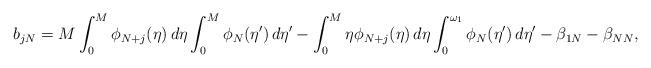
LaTeX: \begin{align*} b_{jN} &= M\int_0^M\phi_{N+j}(\eta)\,d\eta\int_0^M\phi_N(\eta')\,d\eta'- \int_0^M \eta\phi_{N+j}(\eta)\,d\eta\int_0^{\omega_1}\phi_N(\eta')\,d\eta'- \beta_{1N} - \beta_{NN},\end{align*}